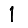
Digit: 1